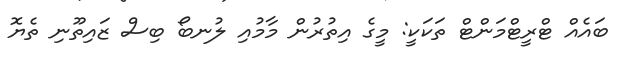
ބައެއް ޓްރީޓްމަންޓް ތަކަކީ: މީގެ އިތުރުން މާމުއި ލުނބޯ ބިސް ޒައިތޫނި ތެޔޮ